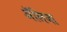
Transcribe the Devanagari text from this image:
अॅलिजा